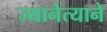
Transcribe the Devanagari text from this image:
ज्यानेत्याने